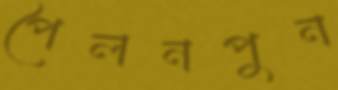
পৈলনপুন